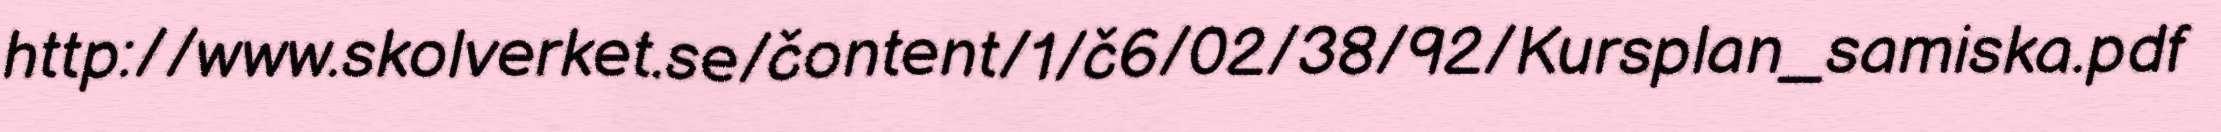
http://www.skolverket.se/čontent/1/č6/02/38/92/Kursplan_samiska.pdf